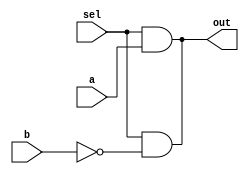
module Mux(
out,
a,
b,
sel
);
//Inputs
input a;
input b;
input sel;
//outputs
output out;
//wires
wire a;
wire b;
wire sel;
wire out;

//intermediate
wire notb;
not(notb, b);
and(out, sel, notb);
and(out, sel, a); 
endmodule